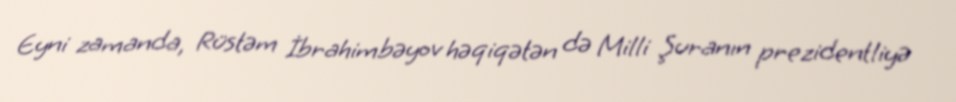
Eyni zamanda, Rüstəm İbrahimbəyov həqiqətən də Milli Şuranın prezidentliyə